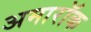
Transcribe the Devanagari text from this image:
अमारॉक